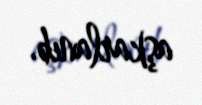
aşkarlanıb.